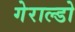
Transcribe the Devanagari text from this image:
गेराल्डो